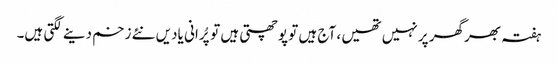
ہفتہ بھرگھر پر نہیں تھیں ، آج ہیں تو پوچھتی ہیں توپُرانی یادیں نئے زخم دینے لگتی ہیں۔